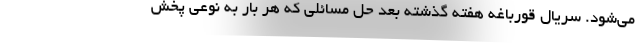
می‌شود. سریال قورباغه هفته گذشته بعد حل مسائلی که هر بار به نوعی پخش